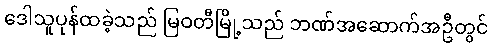
ဒေါသူပုန်ထခဲ့သည် မြဝတီမြို့သည် ဘဏ်အဆောက်အဦတွင်